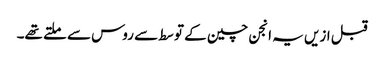
قبل ازیں یہ انجن چین کے توسط سے روس سے ملتے تھے۔